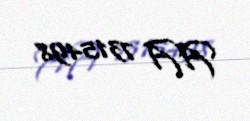
AA 7315498